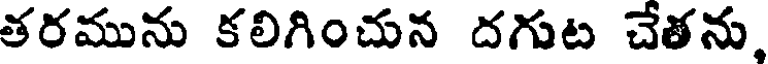
తరమును కలిగించున దగుట చేతను,